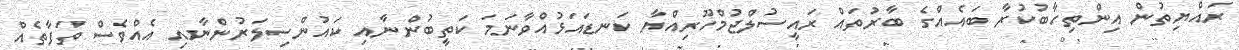
ރައްޔިތުން އިންތިހާބުކުރާ ބައެއްގެ ބާރުތައް ރައީސުލްޖުމްހޫރިއްޔާ ކަނޑައަޅުއްވާނަމަ ކަތީބުންނާއި ކައުންސިލަރުންނާއި އެއްވެސް ތަފާތެއް